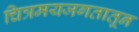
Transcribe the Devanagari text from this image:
चित्रमयजगतातून